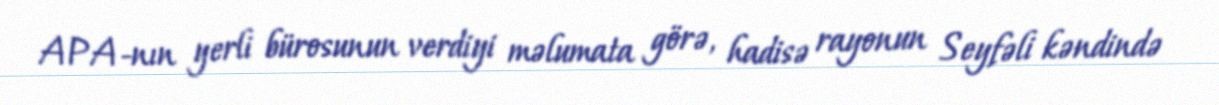
APA-nın yerli bürosunun verdiyi məlumata görə, hadisə rayonun Seyfəli kəndində